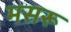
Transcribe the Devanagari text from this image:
मसरू